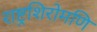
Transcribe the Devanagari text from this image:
राष्ट्रशिरोमणि